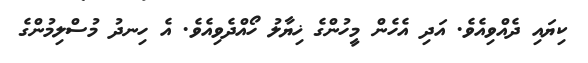
ކިޔައި ދެއްވިއެވެ. އަދި އެހެން މީހުންގެ ޚިޔާލު ހޯއްދެވިއެވެ. އެ ހިނދު މުސްލިމުންގެ